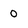
Character: 0